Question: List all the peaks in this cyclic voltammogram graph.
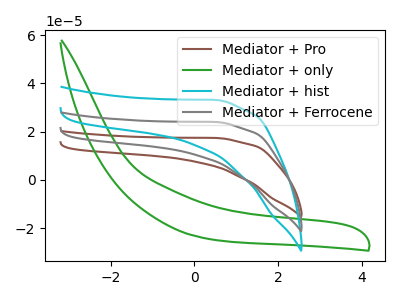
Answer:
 <answer>The brown curve "Mediator + Pro" has no peaks. The green curve "Mediator + only" has no peaks. The cyan curve "Mediator + hist" has no peaks. The gray curve "Mediator + Ferrocene" has no peaks.</answer>
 <eval></eval>